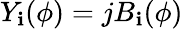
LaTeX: Y_{\mathbf{i}}(\phi)=jB_{\mathbf{i}}(\phi)